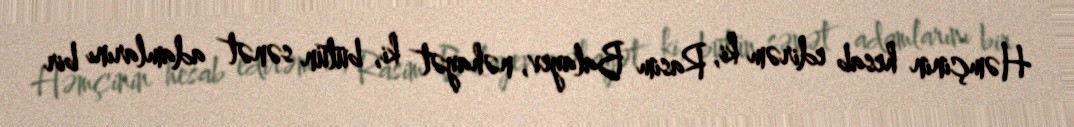
Həmçinin hesab edirəm ki, Rasim Balayev, nəhayət ki, bütün sənət adamlarını bir